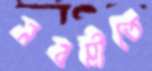
নবমীতে